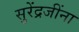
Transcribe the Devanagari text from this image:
सुरेंद्रजींना